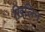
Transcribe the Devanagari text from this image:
ख़िलिन